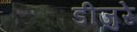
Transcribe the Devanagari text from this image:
डीजुरे